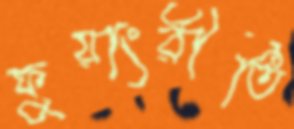
ফুয়াংরীতি